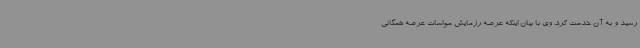
رسید و به آن خدمت کرد. وی با بیان اینکه عرصه رزمایش مواسات عرصه همگانی